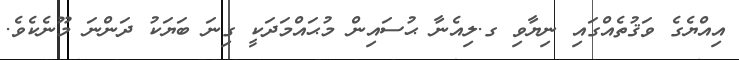
އިއްޔެގެ ވަޤުތެއްގައި ނިޔާވި ގ.ލިއެނާ ޙުސައިން މުޙައްމަދަކީ ގިނަ ބަޔަކު ދަންނަ މޫނެކެވެ.